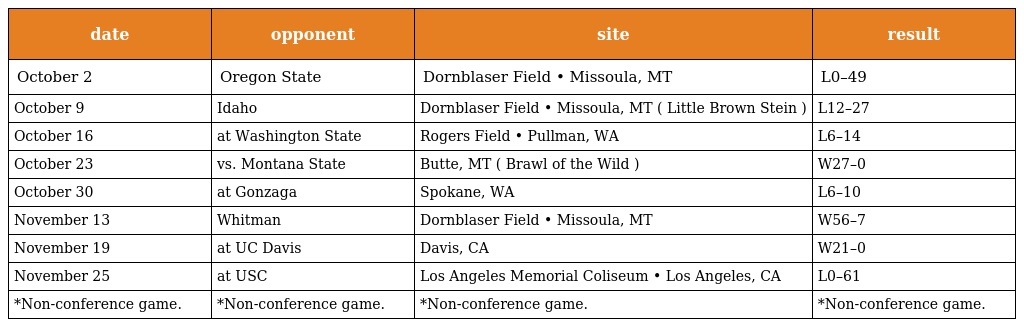
| date | opponent | site | result |
 | --- | --- | --- | --- |
 | October 2 | Oregon State | Dornblaser Field • Missoula, MT | L0–49 |
 | October 9 | Idaho | Dornblaser Field • Missoula, MT ( Little Brown Stein ) | L12–27 |
 | October 16 | at Washington State | Rogers Field • Pullman, WA | L6–14 |
 | October 23 | vs. Montana State | Butte, MT ( Brawl of the Wild ) | W27–0 |
 | October 30 | at Gonzaga | Spokane, WA | L6–10 |
 | November 13 | Whitman | Dornblaser Field • Missoula, MT | W56–7 |
 | November 19 | at UC Davis | Davis, CA | W21–0 |
 | November 25 | at USC | Los Angeles Memorial Coliseum • Los Angeles, CA | L0–61 |
 | *Non-conference game. | *Non-conference game. | *Non-conference game. | *Non-conference game. |